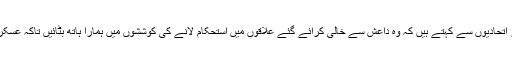
اس حوالے سے ہم اتحادی ارکان، اپنے علاقائی شراکت داروں اور اتحادیوں سے کہتے ہیں کہ وہ داعش سے خالی کرائے گئے علاقوں میں استحکام لانے کی کوششوں میں ہمارا ہاتھ بٹائیں تاکہ عسکری میدان میں حاصل ہونے والی کامیابیاں برقرار رکھی جا سکیں۔